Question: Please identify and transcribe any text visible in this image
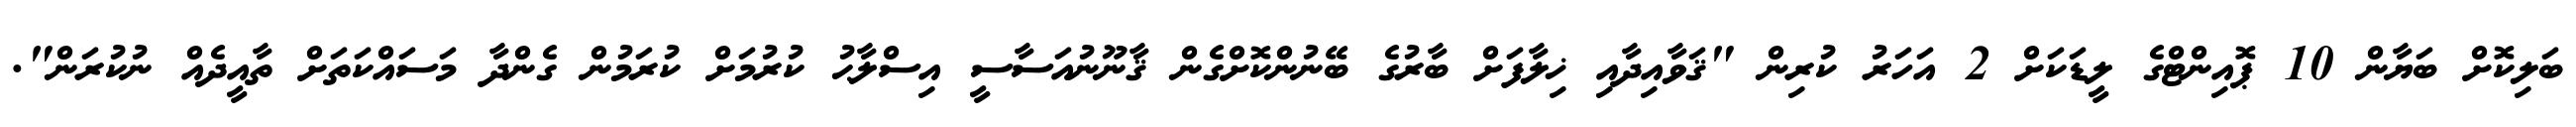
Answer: ބަލިކޮށް ބަޔާން 10 ޕޮއިންޓްގެ ލީޑަކަށް 2 އަހަރު ކުރިން "ޤަވާއިދާއި ޚިލާފަށް ބާރުގެ ބޭނުންކޮށްގެން ޤާނޫނުއަސާސީ އިސްލާޙު ކުރުމަށް ކުރަމުން ގެންދާ މަސައްކަތަށް ތާއީދެއް ނުކުރަން".